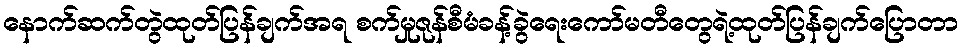
နောက်ဆက်တွဲထုတ်ပြန်ချက်အရ စက်မှုဇုန်စီမံခန့်ခွဲရေးကော်မတီတွေရဲ့ထုတ်ပြန်ချက်ပြောတာ